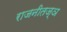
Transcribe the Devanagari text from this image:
राजनीतज्ञ